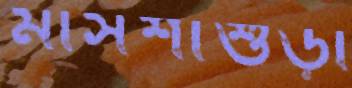
মাসশাশুড়ী